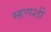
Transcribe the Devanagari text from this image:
म्हणशी